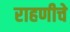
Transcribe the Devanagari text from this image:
राहणीचे